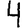
Digit: 4